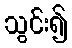
သွင်း၍